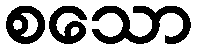
စသော